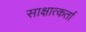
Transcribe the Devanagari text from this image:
साक्षात्कर्ता